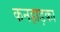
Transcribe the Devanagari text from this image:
कनहाड़का